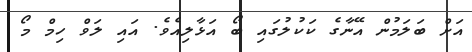
އަށް ބަލަމުން އޭނާގެ ކަކުލުގައި ބޯ އަޅާލިއެވެ. އައި ލަވް ހިމް މޯ